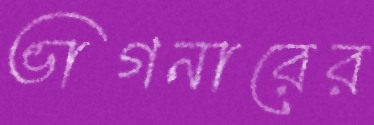
ভাগনারের